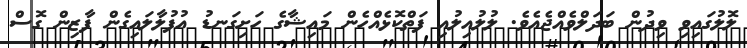
ލޮލުގައިވި ވިދުން ބަދަލްވެއްޖެއެވެ. ލުލުއިލުއި ފަތްކޮޅެއްހެން މައިޝާގެ ހަށިގަނޑު އުފުލާލައިގެން ފާޒިން ގޮސް